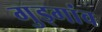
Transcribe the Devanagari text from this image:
गुड्गांव